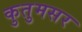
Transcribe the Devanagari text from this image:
कुतुमसर